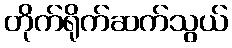
တိုက်ရိုက်ဆက်သွယ်